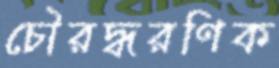
চৌরদ্ধরণিক